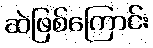
ဆဲဖြစ်ကြောင်း